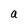
Character: a